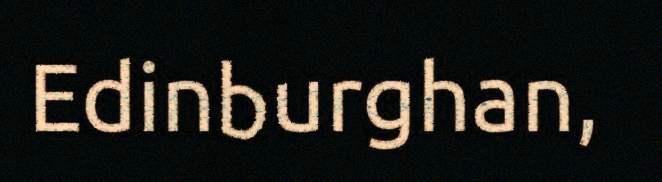
Edinburghan,